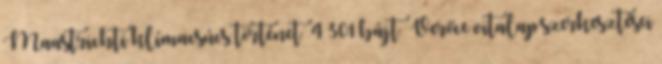
‎Maastrichti klímacsúcs történet ‎ 4 301 bájt ‎Verőce vitalap szerkesztései